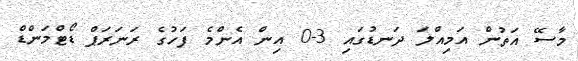
މާސޭ އަތުން އަމިއްލަ ދަނޑުގައި 3-0 އިން އެންމެ ފަހުގެ ރަނަރަޕް ޑޯޓްމަންޑް